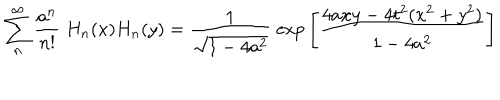
LaTeX: \sum _ { n } ^ { \infty } { \frac { a ^ { n } } { n ! } } \; H _ { n } ( x ) H _ { n } ( y ) = { \frac { 1 } { \sqrt { 1 - 4 a ^ { 2 } } } } \; \mathrm { e x p } \left[ { \frac { 4 a x y - 4 t ^ { 2 } ( x ^ { 2 } + y ^ { 2 } ) } { 1 - 4 a ^ { 2 } } } \right] \;